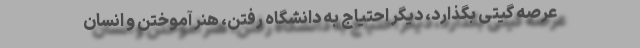
عرصه گیتی بگذارد، دیگر احتیاج به دانشگاه رفتن، هنر آموختن و انسان